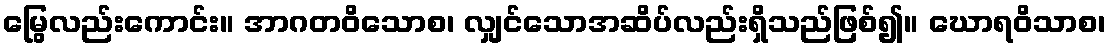
မြွေလည်းကောင်း။ အာဂတဝိသောစ၊ လျှင်သောအဆိပ်လည်းရှိသည်ဖြစ်၍။ ဃောရဝိသာစ၊